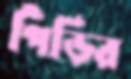
পিঁড়ির